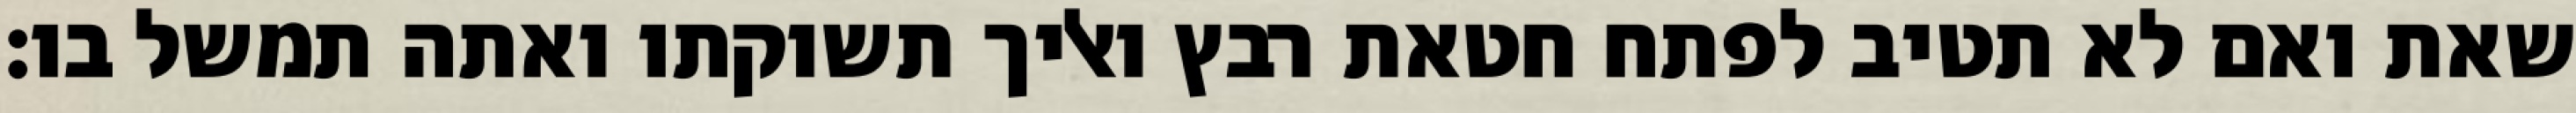
שאת ואם לא תטיב לפתח חטאת רבץ ואליך תשוקתו ואתה תמשל בו׃